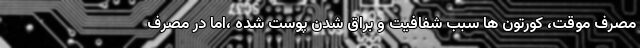
مصرف موقت، کورتون ها سبب شفافیت و براق شدن پوست شده ،اما در مصرف